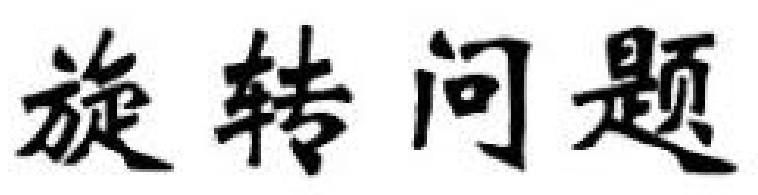
旋转问题